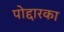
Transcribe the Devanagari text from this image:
पोद्दारका